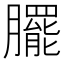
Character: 𭩓